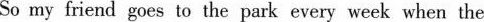
So my friend goes to the park every week when the